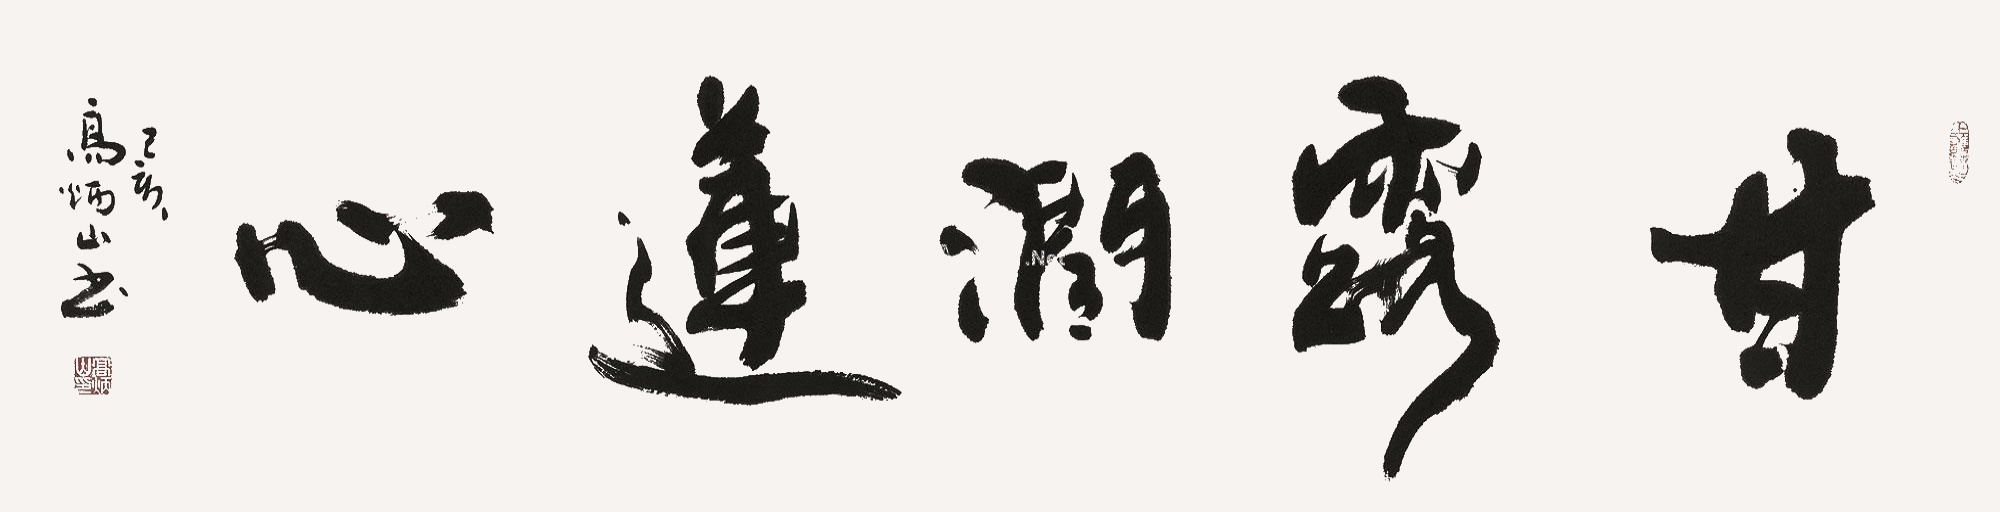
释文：甘露润莲心乙亥高炳山书